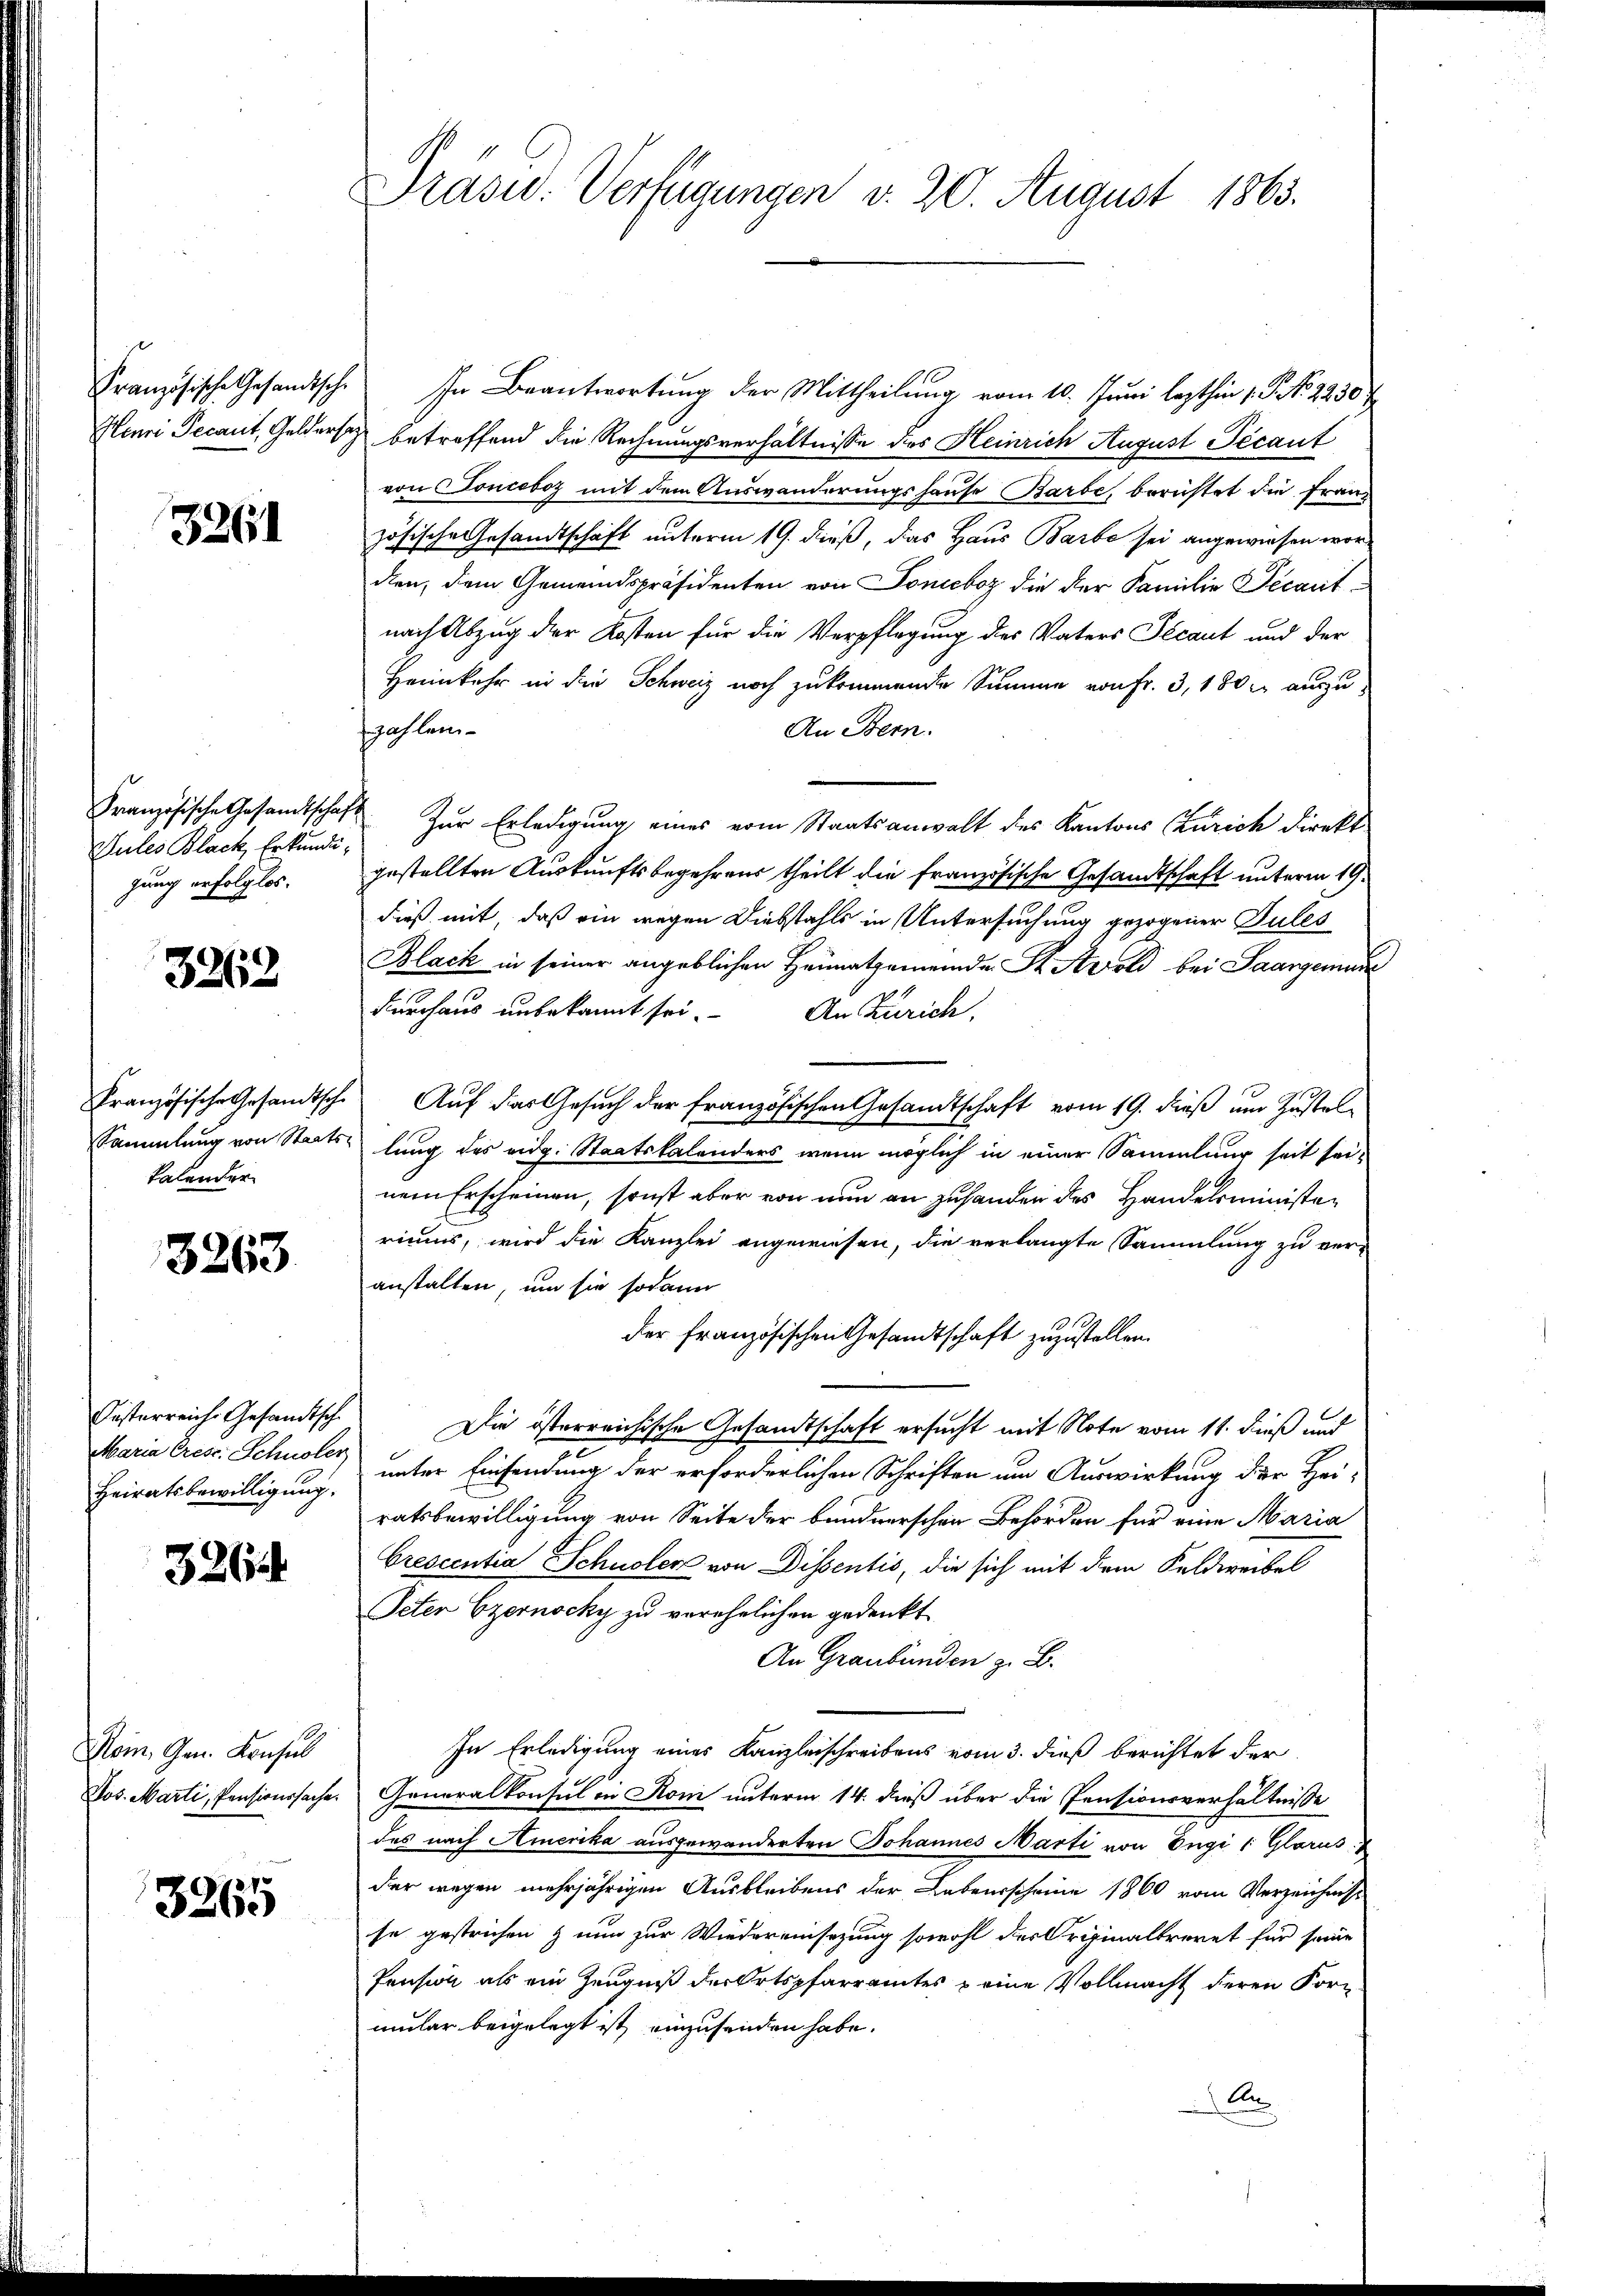
3261

Sules Black Erkundigung erfolglos.

3262

kalender

3263

Oesterreiche Gesandtsche
Heiratsbewilligung.

3264

Rom. Gen. Konsul
Jos. Marti, Pensionssache.

3265

Präsid. Verfügungen v. 20. August 1863.

Französische Gesandtsche In Beantwortung der Mittheilung vom 10. Juni lezthin 15 No 2230 f
Henri Decant, Gelders betreffend die Rechnungsverhältnisse des Heinrich August Técaut
von Tonceboz mit dem Auswanderungshause Barbe, berüstet die Franz
zösische Gesandtschaft unterm 19. dieß, das Haus Barbe sei angewiesen worden, dem Gemeindspräsidenten von Soneboz die der Familie Decanit
nach Abzug der Kosten für die Verpflegung des Vaters Sécaut und der
Heimkehr in die Schweiz noch zukommende Summe von Fr. 3, 180 l. auszuzahlen.
An Bern.
Französische Gesandtschaft Zur Erledigung eines vom Staatsanwalt des Kantons Zürich direkt
gestellten Auskunftsbegehrens theilt die Französische Gesandtschaft unterm 19.
dieß mit, daß ein wegen Diebstahls in Untersuchung gezogener Pules
Black in seiner angeblichen Heimatgemeinde St. Sold bei Saargemun
durchaus unbekannt sei. An Zürich,
Französische Gesandtsche Auf das Gesuch der französischen Gesandtschaft vom 19. dieß um Zustel¬
Sammlung von Staats- lung des eidg. Staatskalenders, wenn möglich in einer Sammlung seit seinem Erscheinen, sonst aber von nun an zuhanden des Handelsministeriums, wird die Kanzlei angewiesen, die verlangte Sammlung zu ver-
anstalten, um sie sodann
der Französischen Gesandtschaft zuzustellen.
Die österreichische Gesandtschaft ersucht mit Note vom 11. dieß und
Maria Cres: Schnole unter Einsendung der erforderlichen Schriften um Auswirkung der Heiratsbewilligung von Seite der bundnerschen Behörden für eine Maria
Crescentia Schuler von Dissentis, die sich mit dem Feldweibel
Peter Czernocky zu verehelichen gedenkt
An Graubünden z. B.
In Erledigung eines Kanzleischreibens vom 3. dieß berichtet der
Generalkonsul in Rom unterm 14. dieß über die Pensionsverhältnisse
des nach Amerika ausgewanderten Johannes Marti von Engi /: Glarus
der wegen mehrjährigen Ausbleibens der Lebensscheine 1860 vom Verzeichniss
se gestrichen & nun zur Wiedereinsezung sowohl des Originalbrevet für seine
Pension als ein Zeugniß der Ortspfarramtes & eine Vollmacht deren Korn
mular beigelegt ist, einzusenden habe.
An